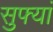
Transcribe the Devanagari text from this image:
सुफ्यां